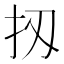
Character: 扨